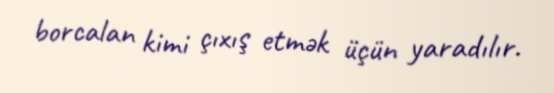
borcalan kimi çıxış etmək üçün yaradılır.